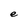
Character: e